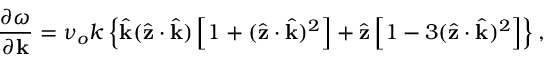
\frac { \partial \omega } { \partial \mathbf { k } } = \nu _ { o } k \left\{ \hat { \mathbf { k } } ( \hat { \mathbf { z } } \cdot \hat { \mathbf { k } } ) \left[ 1 + ( \hat { \mathbf { z } } \cdot \hat { \mathbf { k } } ) ^ { 2 } \right] + \hat { \mathbf { z } } \left[ 1 - 3 ( \hat { \mathbf { z } } \cdot \hat { \mathbf { k } } ) ^ { 2 } \right] \right\} ,